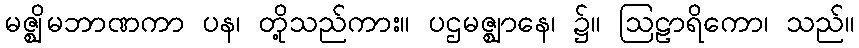
မဇ္ဈိမဘာဏကာ ပန၊ တို့သည်ကား။ ပဌမဇ္ဈာနေ၊ ၌။ ဩဠာရိကော၊ သည်။